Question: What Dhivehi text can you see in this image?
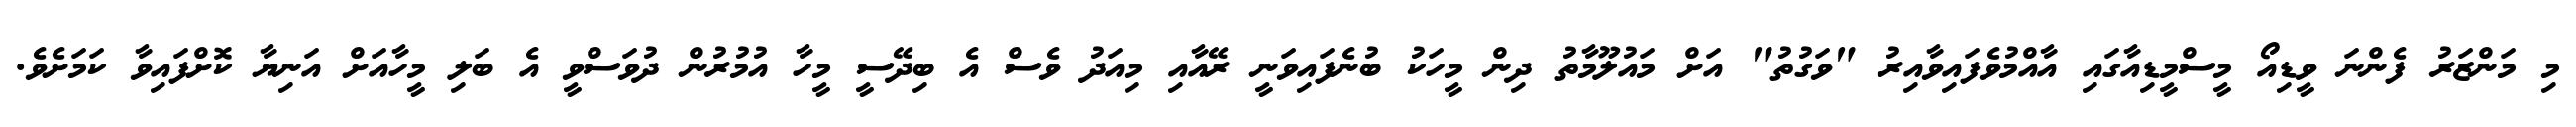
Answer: މި މަންޒަރު ފެންނަ ވީޑިއޯ މީސްމީޑިއާގައި އާއްމުވެފައިވާއިރު "ވަގުތު" އަށް މައުލޫމާތު ދިން މީހަކު ބުނެފައިވަނީ ރޭއާއި މިއަދު ވެސް އެ ބިދޭސީ މީހާ އުމުރުން ދުވަސްވީ އެ ބަލި މީހާއަށް އަނިޔާ ކޮށްފައިވާ ކަމަށެވެ.